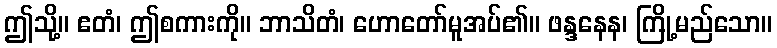
ဤသို့။ ဧတံ၊ ဤစကားကို။ ဘာသိတံ၊ ဟောတော်မူအပ်၏။ ဖန္ဒနေန၊ ကြို့မည်သော။